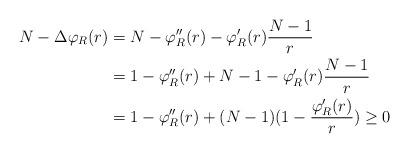
LaTeX: \begin{align*}N-\Delta\varphi_{R}(r)&=N-\varphi_{R}''(r)-\varphi_{R}'(r)\frac{N-1}{r}\\&=1-\varphi_{R}''(r)+N-1-\varphi_{R}'(r)\frac{N-1}{r}\\&=1-\varphi_{R}''(r)+(N-1)(1-\frac{\varphi_{R}'(r)}{r})\geq0\\\end{align*}